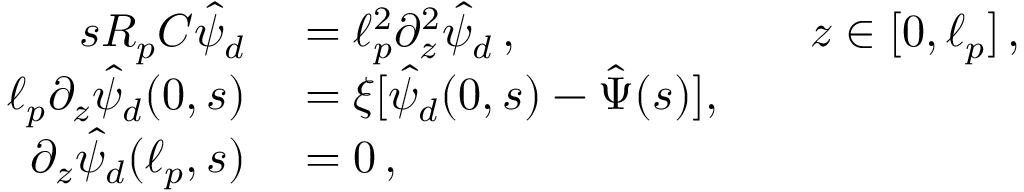
\begin{array} { r l r l } { s R _ { p } C \hat { \psi } _ { d } } & { { } = \ell _ { p } ^ { 2 } \partial _ { z } ^ { 2 } \hat { \psi } _ { d } \, , } & { } & { { } z \in [ 0 , \ell _ { p } ] \, , } \\ { \ell _ { p } \partial _ { z } \hat { \psi } _ { d } ( 0 , s ) } & { { } = \xi [ \hat { \psi } _ { d } ( 0 , s ) - \hat { \Psi } ( s ) ] , } \\ { \partial _ { z } \hat { \psi } _ { d } ( \ell _ { p } , s ) } & { { } = 0 \, , } \end{array}